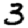
Digit: 3